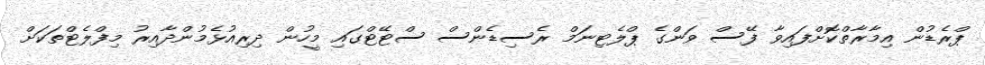
ޕްރެޑުން އިމާރާތްކޮށްފައިވާ ފޭސް ވަންގެ ޕްލެޓިނަމް ރެސިޑެންސް ސްޓޭޓްގައި މީހުން ދިރިއުޅެމުންދާއިރު މިފްލެޓްތަކަށް